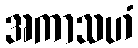
အကာသဟံ